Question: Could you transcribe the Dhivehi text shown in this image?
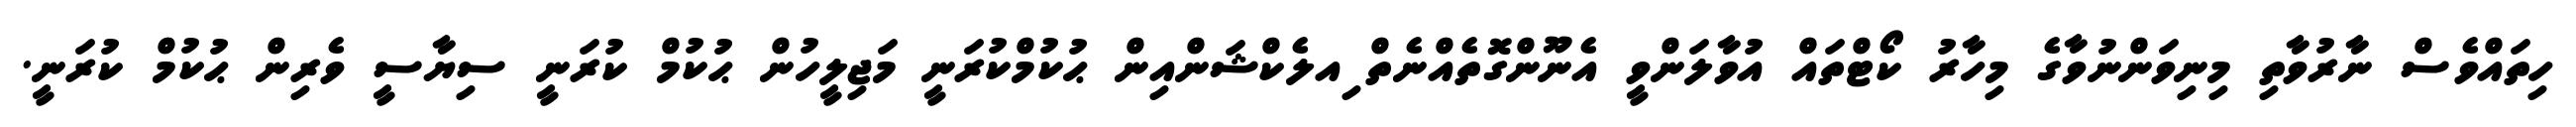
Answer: ހިތައްވެސް ނާރުވާތި މިނިވަންނުވާގެ މިހާރު ކޯޓްތައް އުވާލަންވީ އެނޫންގޮތެއްނެތް ިއލެކްޝަންއިން ޙުކުމްކުރަނީ މަޖިލީހުން ޙުކުމް ކުރަނީ ސިޔާސީ ވެރިން ޙުކުމް ކުރަނީ.